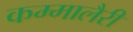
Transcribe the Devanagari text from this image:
कम्मालैरी